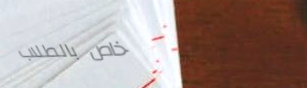
خاص بالطلاب